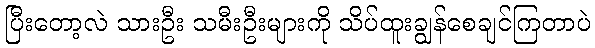
ပြီးတော့လဲ သားဦး သမီးဦးများကို သိပ်ထူးချွန်စေချင်ကြတာပဲ